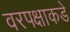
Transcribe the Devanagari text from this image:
वरपक्षाकडे